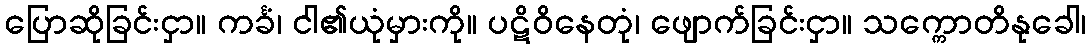
ပြောဆိုခြင်းငှာ။ ကင်္ခံ၊ ငါ၏ယုံမှားကို။ ပဋိဝိနေတုံ၊ ဖျောက်ခြင်းငှာ။ သက္ကောတိနုခေါ၊